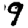
Digit: 9